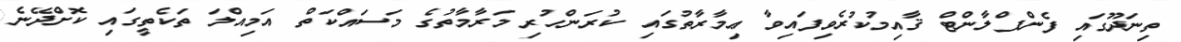
ތިނަދޫގައި ފެންޕްލާންޓް ޤާއިމުކުރެވިފައިވާ ޢިމާރާތުގައި ކުރަންހުރި މަރާމާތުގެ މަސައްކަތް އަމިއްލަ ތަކެތީގައި ކޮށްދޭނެ